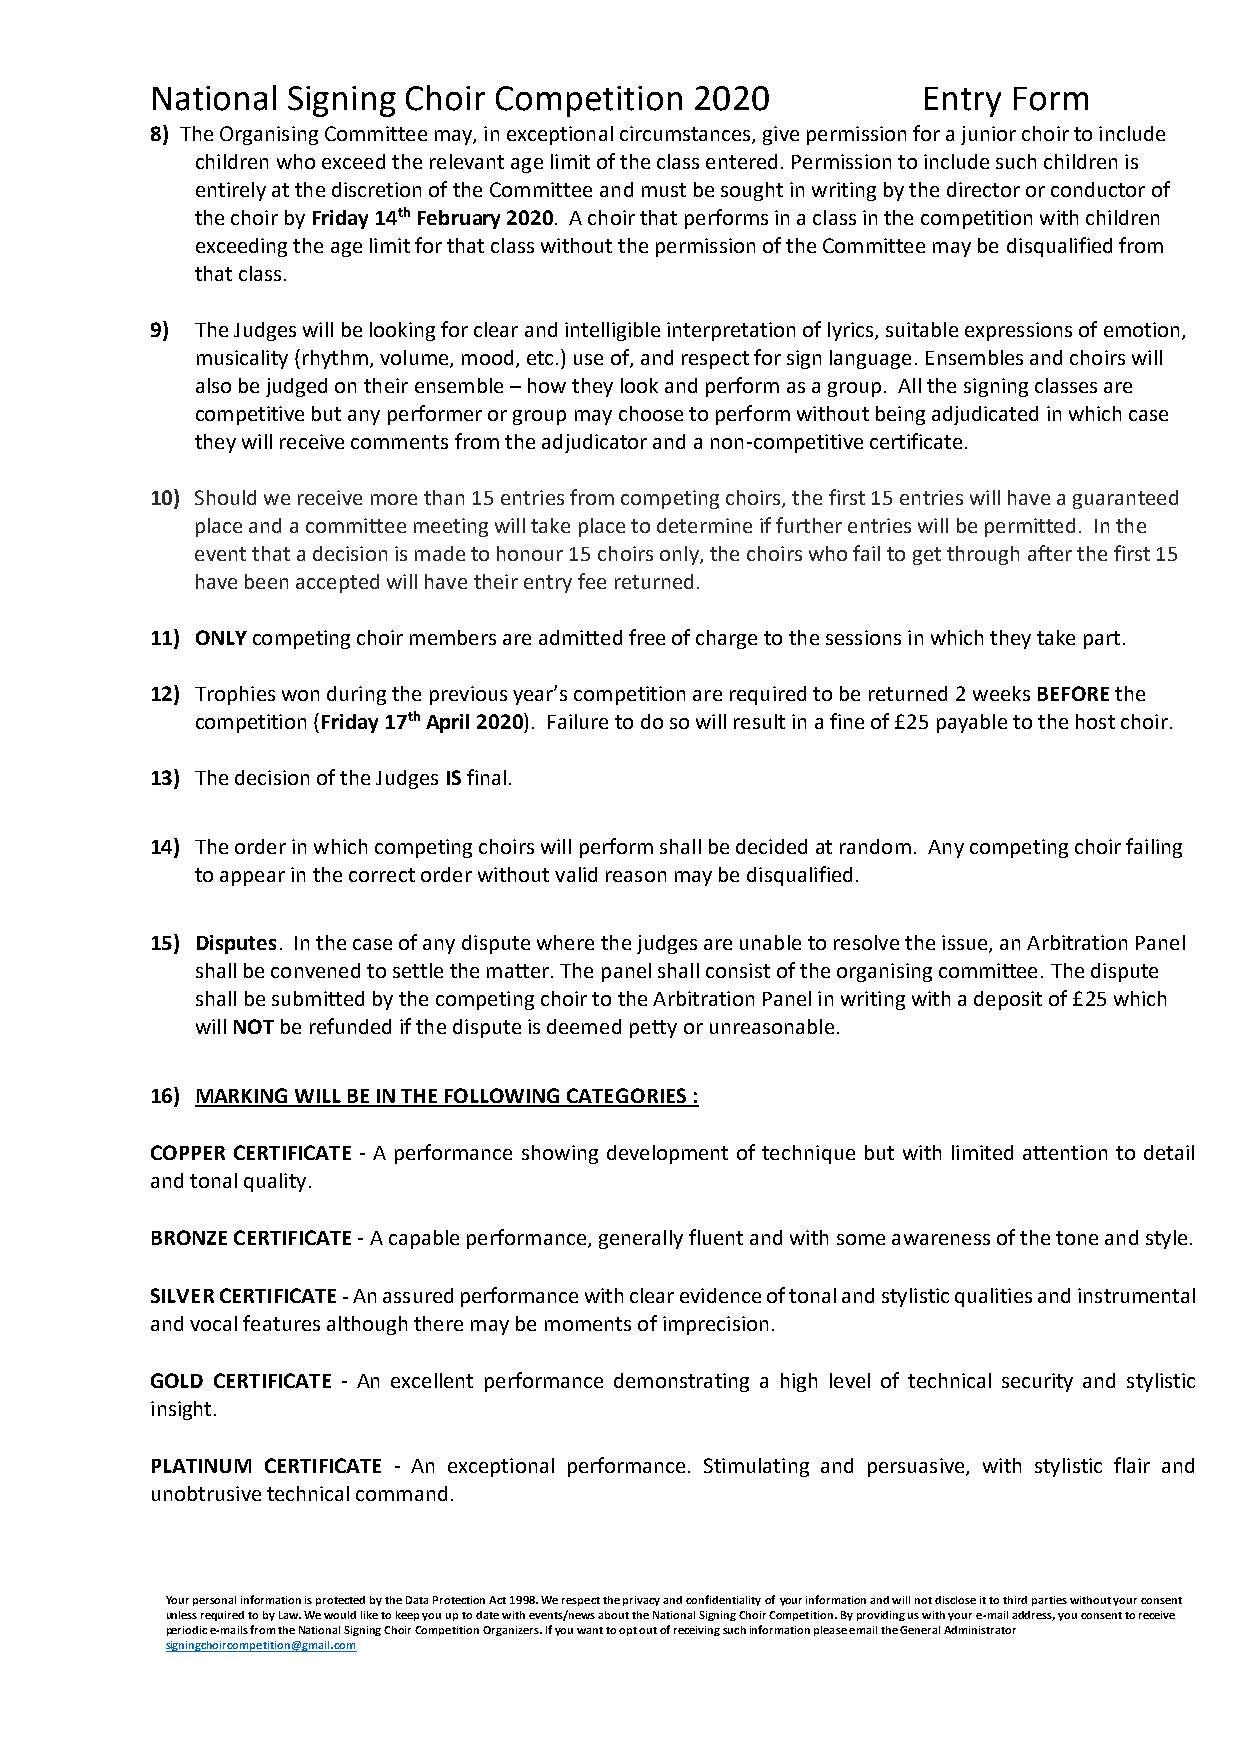
National Signing Choir Competition  2020           Entry Form
 8) The Organising Committee may, in exceptional circumstances, give permission for a junior choir to include
 children who exceed the relevant age limit of the class entered. Permission to include such children is
 entirely at the discretion of the Committee and must be sought in writing by the director or conductor of
 the choir by Friday 14th February 2020. A choir that performs in a class in the competition with children
 exceeding the age limit for that class without the permission of the Committee may be disqualified from
 that class.
 9) The Judges will be looking for clear and intelligible interpretation of lyrics, suitable expressions of emotion,
 musicality (rhythm, volume, mood, etc.) use of, and respect for sign language. Ensembles and choirs will
 also be judged on their ensemble – how they look and perform as a group. All the signing classes are
 competitive but any performer or group may choose to perform without being adjudicated in which case
 they will receive comments from the adjudicator and a non-competitive certificate.
 10) Should we receive more than 15 entries from competing choirs, the first 15 entries will have a guaranteed
 place and a committee meeting will take place to determine if further entries will be permitted. In the
 event that a decision is made to honour 15 choirs only, the choirs who fail to get through after the first 15
 have been accepted will have their entry fee returned.
 11) ONLY competing choir members are admitted free of charge to the sessions in which they take part.
 12) Trophies won during the previous year’s competition are required to be returned 2 weeks BEFORE the
 competition (Friday 17th April 2020). Failure to do so will result in a fine of £25 payable to the host choir.
 13) The decision of the Judges IS final.
 14) The order in which competing choirs will perform shall be decided at random. Any competing choir failing
 to appear in the correct order without valid reason may be disqualified.
 15) Disputes. In the case of any dispute where the judges are unable to resolve the issue, an Arbitration Panel
 shall be convened to settle the matter. The panel shall consist of the organising committee. The dispute
 shall be submitted by the competing choir to the Arbitration Panel in writing with a deposit of £25 which
 will NOT be refunded if the dispute is deemed petty or unreasonable.
 16) MARKING WILL BE IN THE FOLLOWING CATEGORIES :
 COPPER CERTIFICATE - A performance showing development of technique but with limited attention to detail
 and tonal quality.
 BRONZE CERTIFICATE - A capable performance, generally fluent and with some awareness of the tone and style.
 SILVER CERTIFICATE - An assured performance with clear evidence of tonal and stylistic qualities and instrumental
 and vocal features although there may be moments of imprecision.
 GOLD CERTIFICATE - An excellent performance demonstrating a high level of technical security and stylistic
 insight.
 PLATINUM CERTIFICATE - An exceptional performance. Stimulating and persuasive, with stylistic flair and
 unobtrusive technical command.
 Your personal information is protected by the Data Protection Act 1998. We respect the privacy and confidentiality of your information and will not disclose it to third parties without your consent
 unless required to by Law. We would like to keep you up to date with events/news about the National Signing Choir Competition. By providing us with your e-mail address, you consent to receive
 periodic e-mails from the National Signing Choir Competition Organizers. If you want to opt out of receiving such information please email the General Administrator
 signingchoircompetition@gmail.com